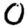
Digit: 0